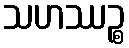
သဟဿဉ္စ